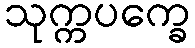
သုက္ကပက္ခေ